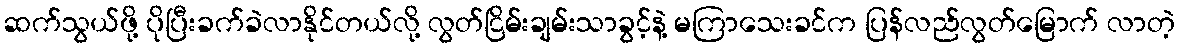
ဆက်သွယ်ဖို့ ပိုပြီးခက်ခဲလာနိုင်တယ်လို့ လွတ်ငြိမ်းချမ်းသာခွင့်နဲ့ မကြာသေးခင်က ပြန်လည်လွတ်မြောက် လာတဲ့